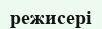
режисері